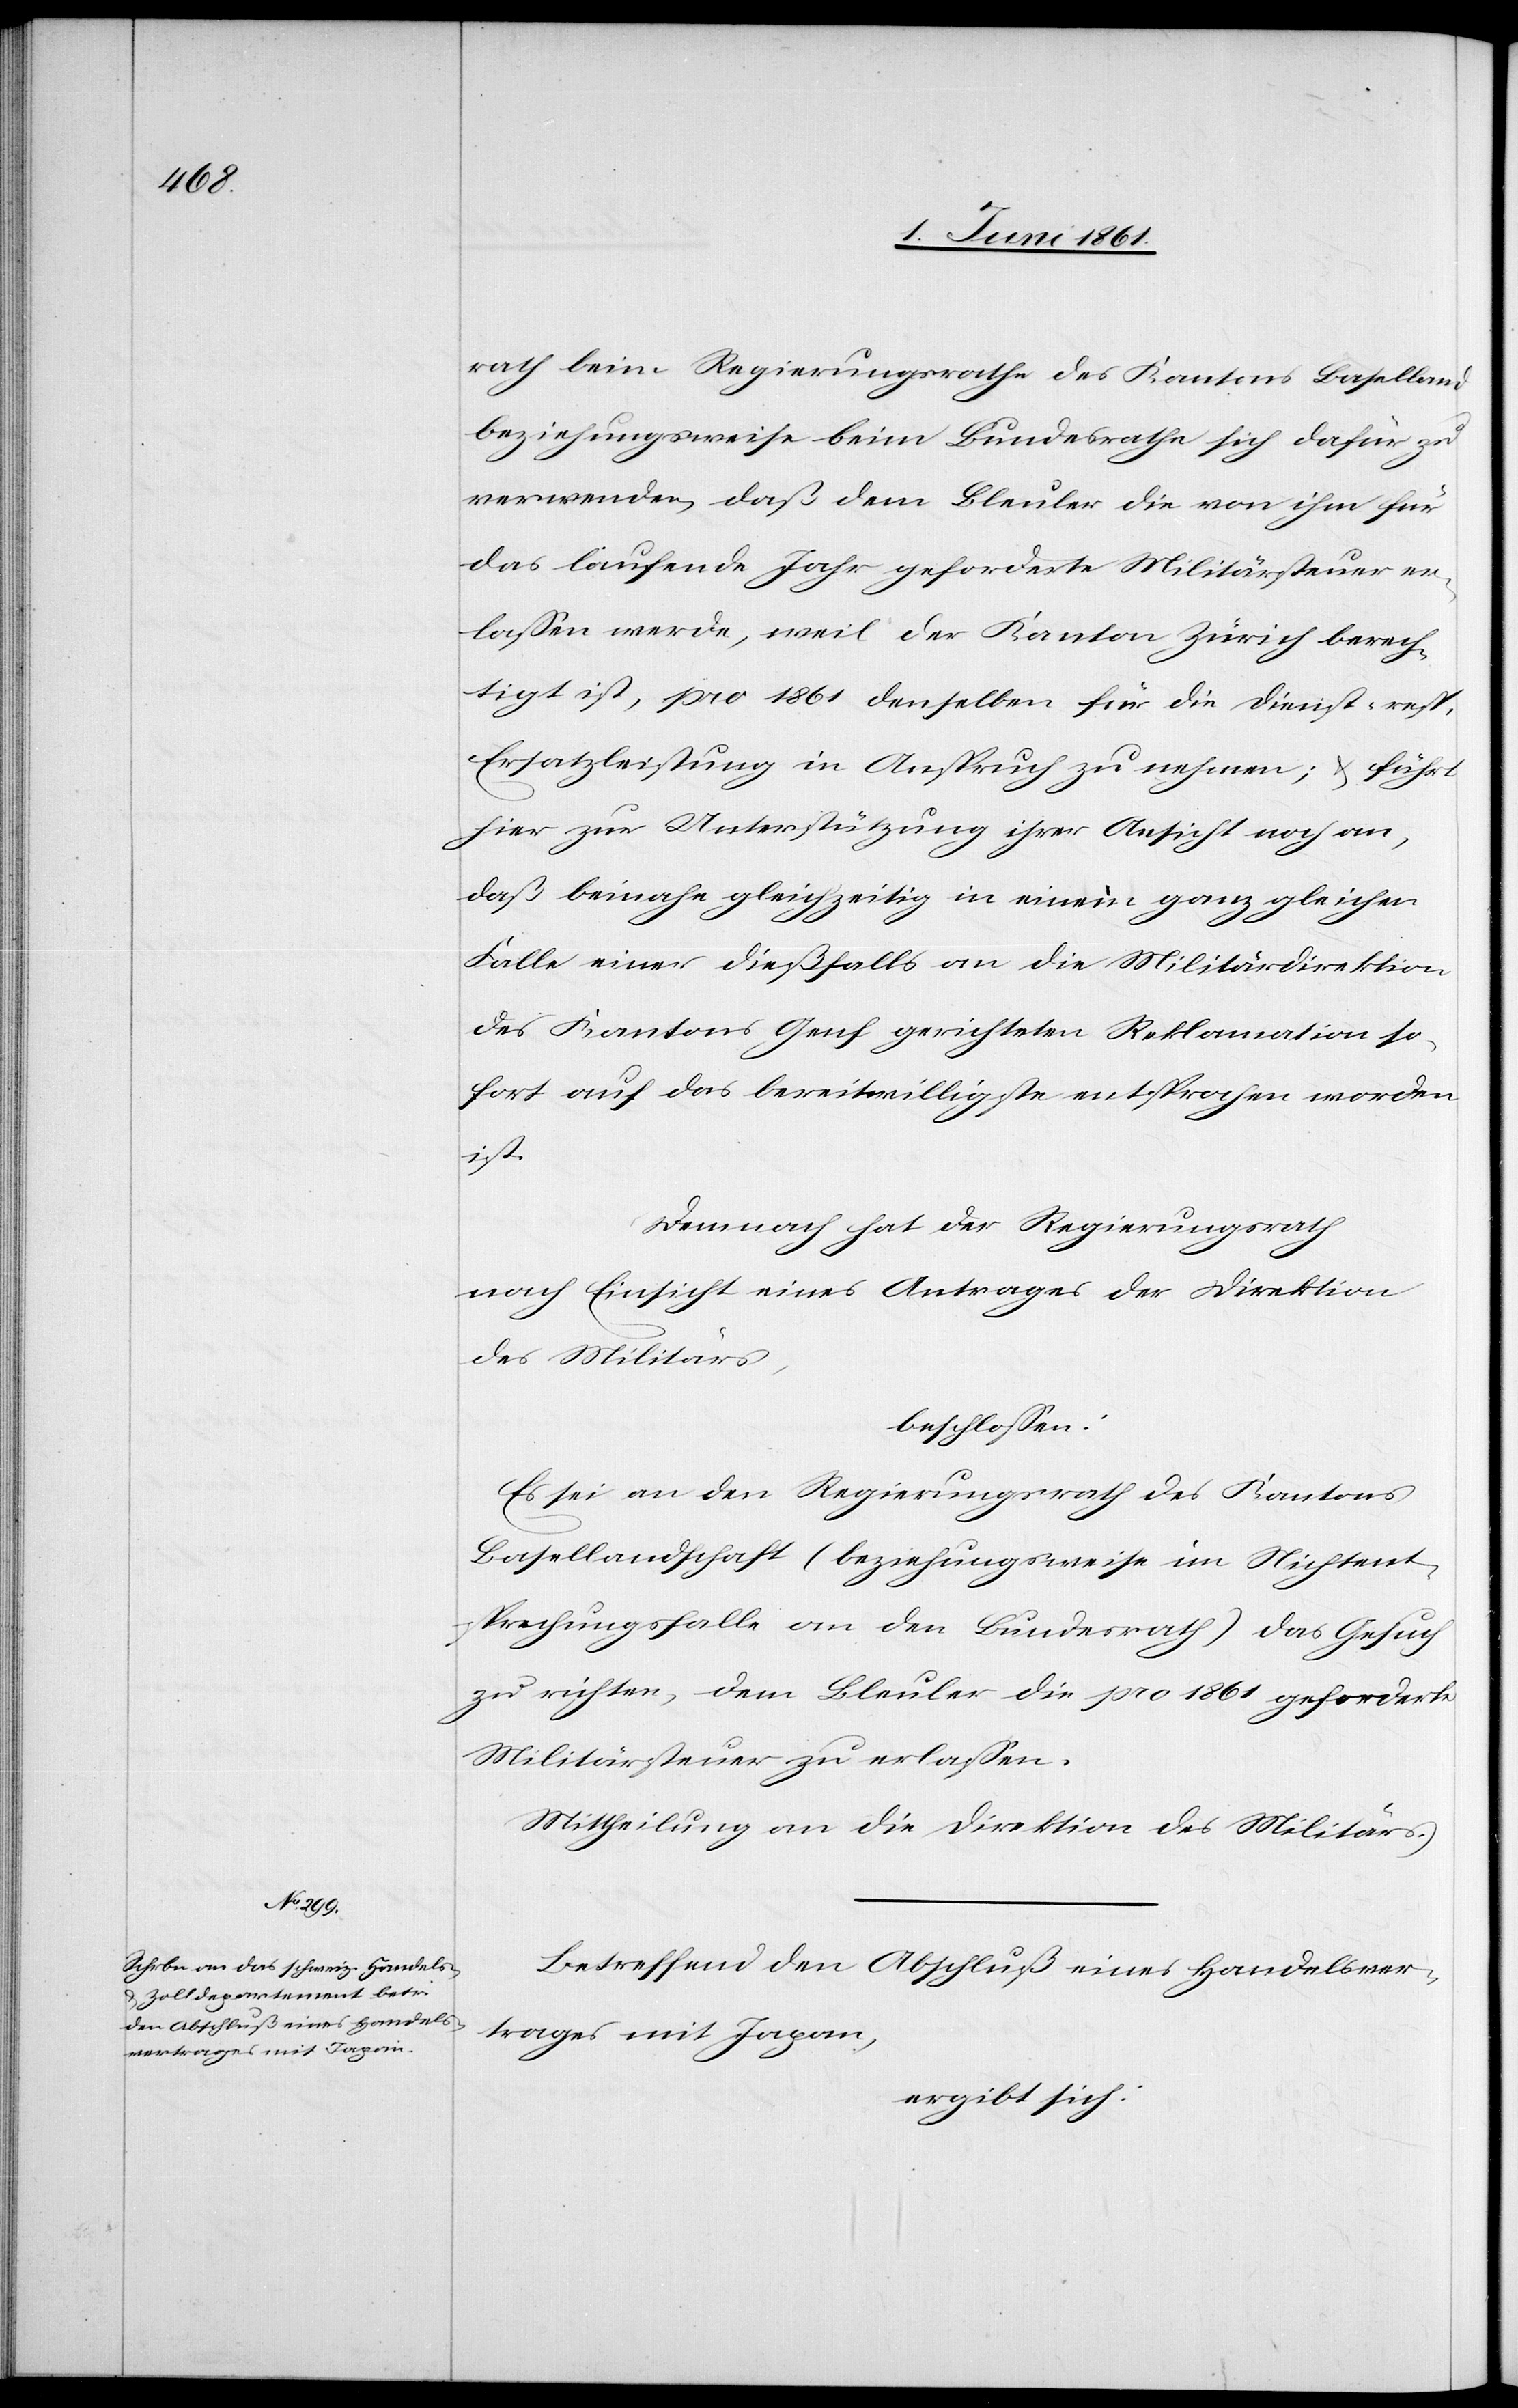
rath beim Regierungsrathe des Kantons Baselland
beziehungsweise beim Bundesrathe sich dafür zu
verwenden, daß dem Bleuler die von ihm für
das laufende Jahr geforderte Militärsteuer er¬
lassen werde, weil der Kanton Zürich berech¬
tigt ist, pro 1861 denselben für die Dienst- resp.
Ersatzleistung in Anspruch zu nehmen; u. führt
hier zur Unterstützung ihrer Ansicht noch an,
daß beinahe gleichzeitig in einem ganz gleichen
Falle einer dießfalls an die Militärdirektion
des Kantons Genf gerichteten Reklamation so¬
fort auf das bereitwilligste entsprochen worden
ist.
Demnach hat der Regierungsrath
nach Einsicht eines Antrages der Direktion
des Militärs,
beschlossen:
Es sei an den Regierungsrath des Kantons
Basellandschaft (beziehungsweise im Nichtent¬
sprechungsfalle an den Bundesrath) das Gesuch
zu richten, dem Bleuler die pro 1861 geforderte
Militärsteuer zu erlassen.
Mittheilung an die Direktion des Militärs.
Betreffend den Abschluß eines Handelsver¬
trages mit Japan,
ergibt sich: